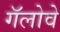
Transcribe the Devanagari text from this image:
गॅलोवे